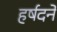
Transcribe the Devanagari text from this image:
हर्षदने